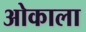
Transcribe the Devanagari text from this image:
ओकाला